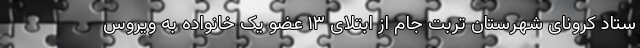
ستاد کرونای شهرستان تربت جام از ابتلای ۱۳ عضو یک خانواده به ویروس